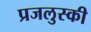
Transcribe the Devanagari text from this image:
प्रजलुस्की